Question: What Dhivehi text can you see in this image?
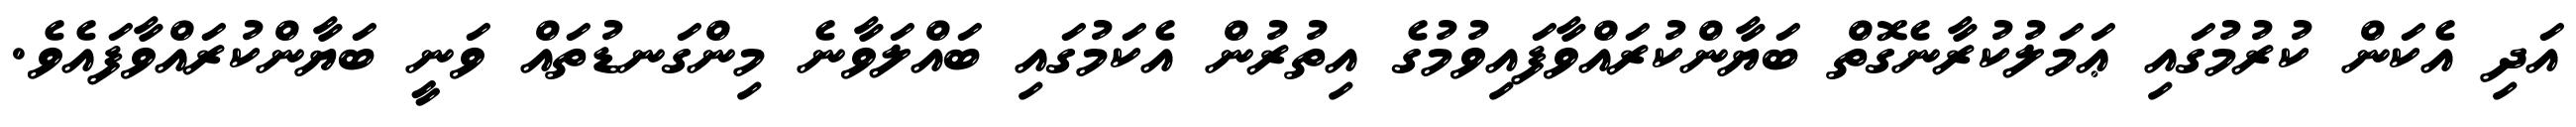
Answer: އަދި އެކަން ކުރުމުގައި ޢަމަލުކުރާނެގޮތް ބަޔާންކުރައްވާފައިވުމުގެ އިތުރުން އެކަމުގައި ބައްލަވާނެ މިންގަނޑުތައް ވަނީ ބަޔާންކުރައްވާފައެވެ.